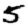
Digit: 5